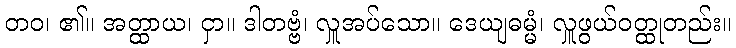
တဝ၊ ၏။ အတ္ထာယ၊ ငှာ။ ဒါတဗ္ဗံ၊ လှူအပ်သော။ ဒေယျဓမ္မံ၊ လှူဖွယ်ဝတ္ထုတည်း။